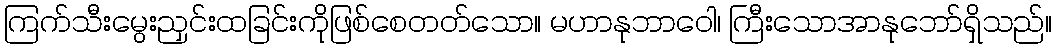
ကြက်သီးမွေးညှင်းထခြင်းကိုဖြစ်စေတတ်သော။ မဟာနုဘာဝေါ၊ ကြီးသောအာနုဘော်ရှိသည်။